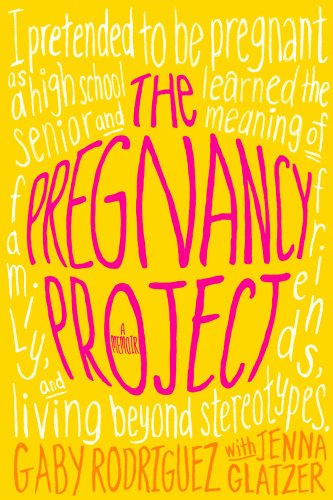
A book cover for The Pregnancy Project: A Memoir; Gaby Rodriguez; Teen & Young Adult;